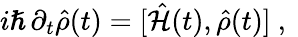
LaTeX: i\hslash\, \partial_{t}\hat{\rho}(t)=[\hat{\mathcal{H}}(t),\hat{\rho}(t)]\mathrm{~,~}